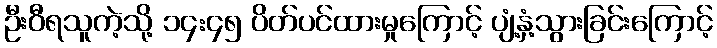
ဦးဝီရသူကဲ့သို့ ၁၄:၄၅ ပိတ်ပင်ထားမှုကြောင့် ပျံ့နှံ့သွားခြင်းကြောင့်